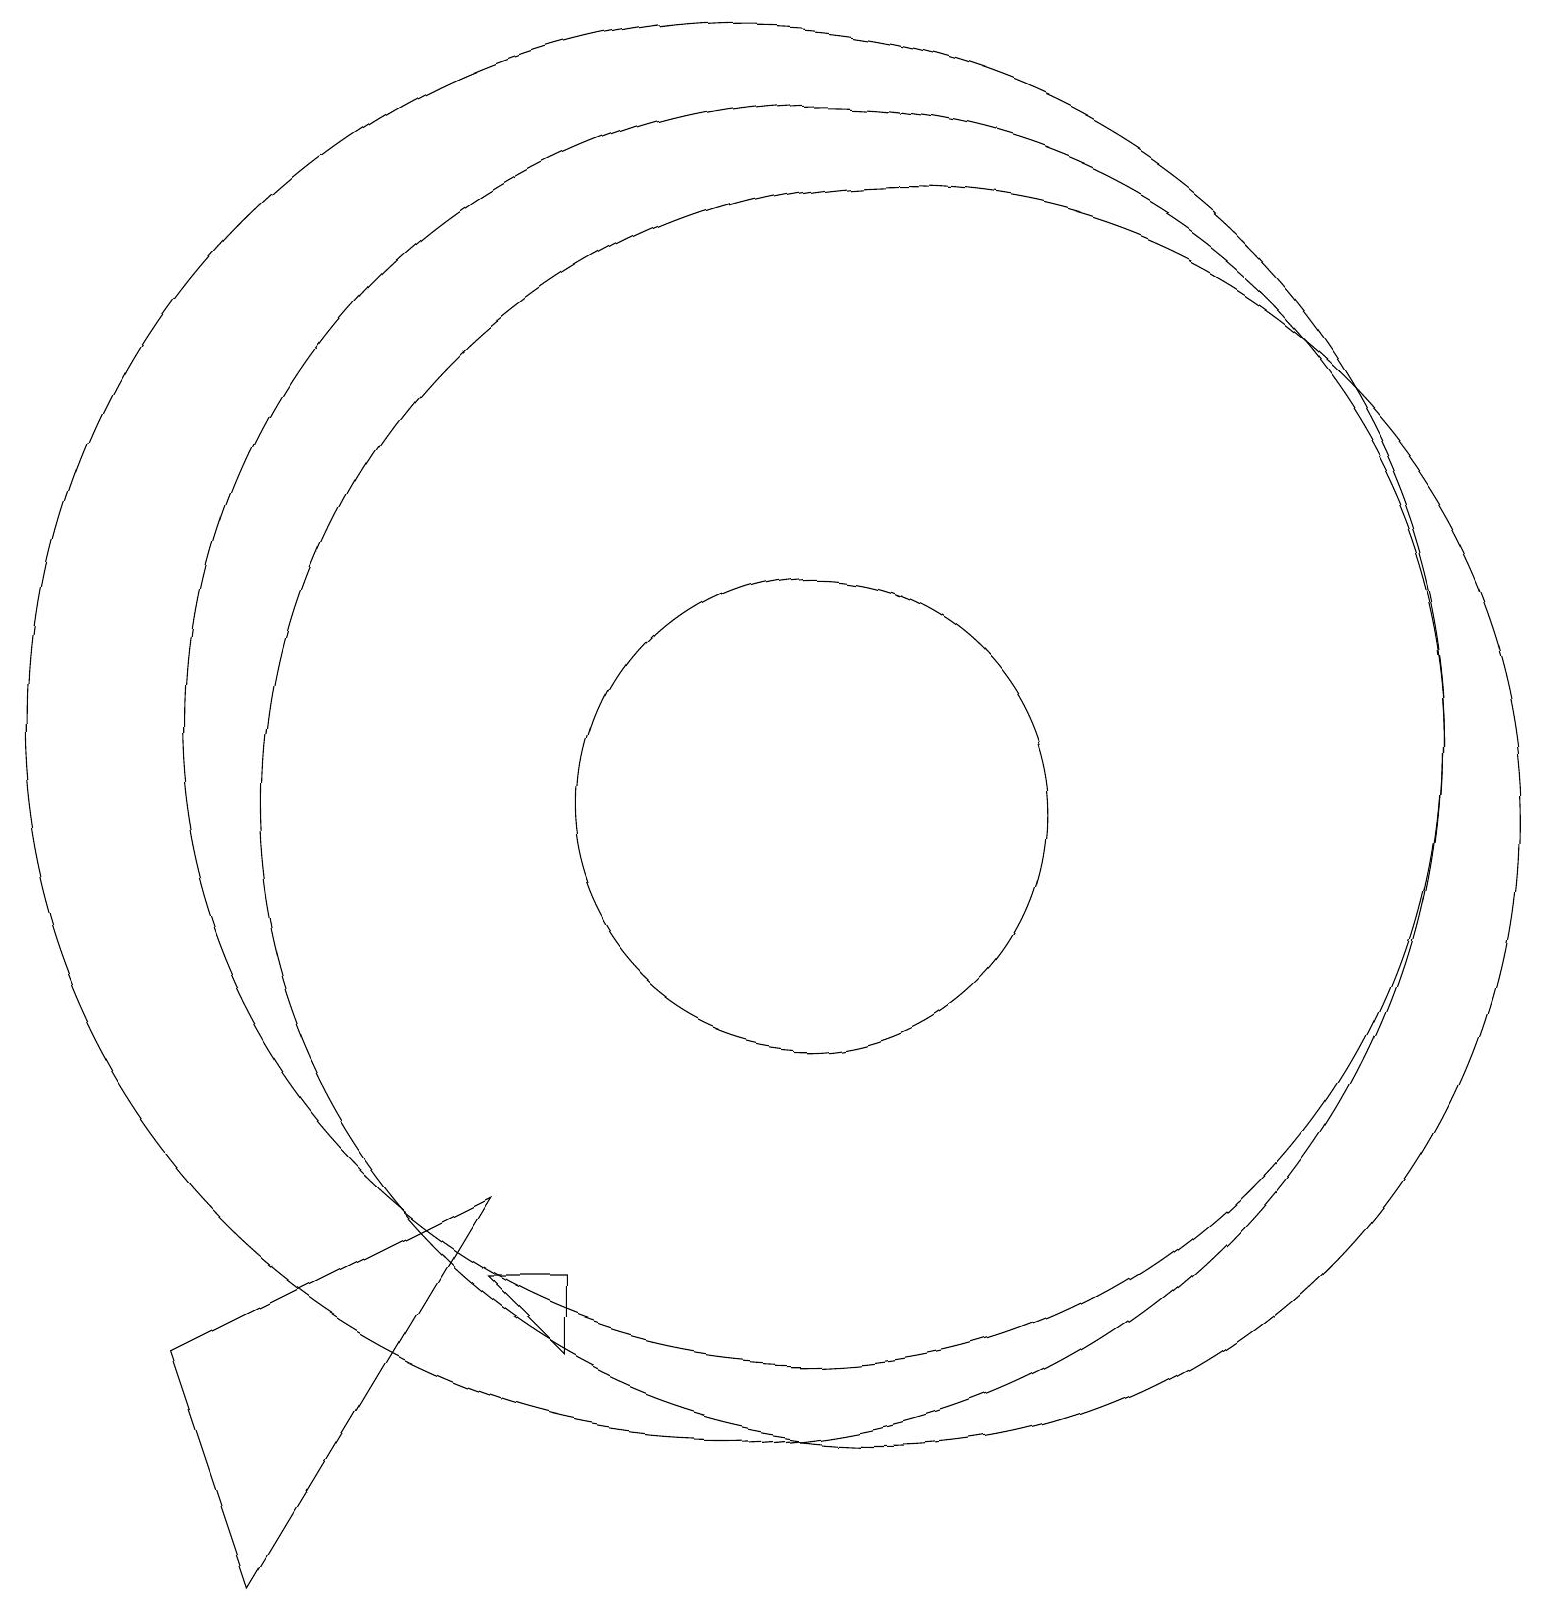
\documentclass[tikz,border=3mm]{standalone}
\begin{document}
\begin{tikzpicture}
\draw (11,11) circle (8);
\draw (7,4) -- (8,3) -- (8,4) -- cycle;
\draw (11,10) circle (3);
\draw (7,5) -- (4,0) -- (3,3) -- cycle;
\draw (10,11) circle (9);
\draw (12,10) circle (8);
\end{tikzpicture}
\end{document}